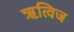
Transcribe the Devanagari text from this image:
ॠत्विज